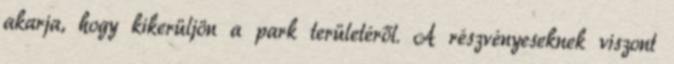
akarja, hogy kikerüljön a park területéről. A részvényeseknek viszont